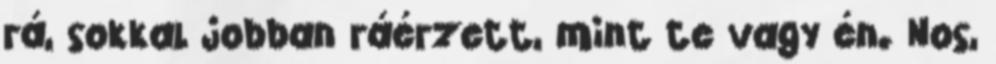
rá, sokkal jobban ráérzett, mint te vagy én. Nos,